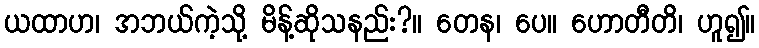
ယထာဟ၊ အဘယ်ကဲ့သို့ မိန့်ဆိုသနည်း?။ တေန၊ ပေ။ ဟောတီတိ၊ ဟူ၍။